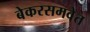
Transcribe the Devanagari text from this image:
बेकरसमवेत